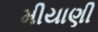
મીયાણી